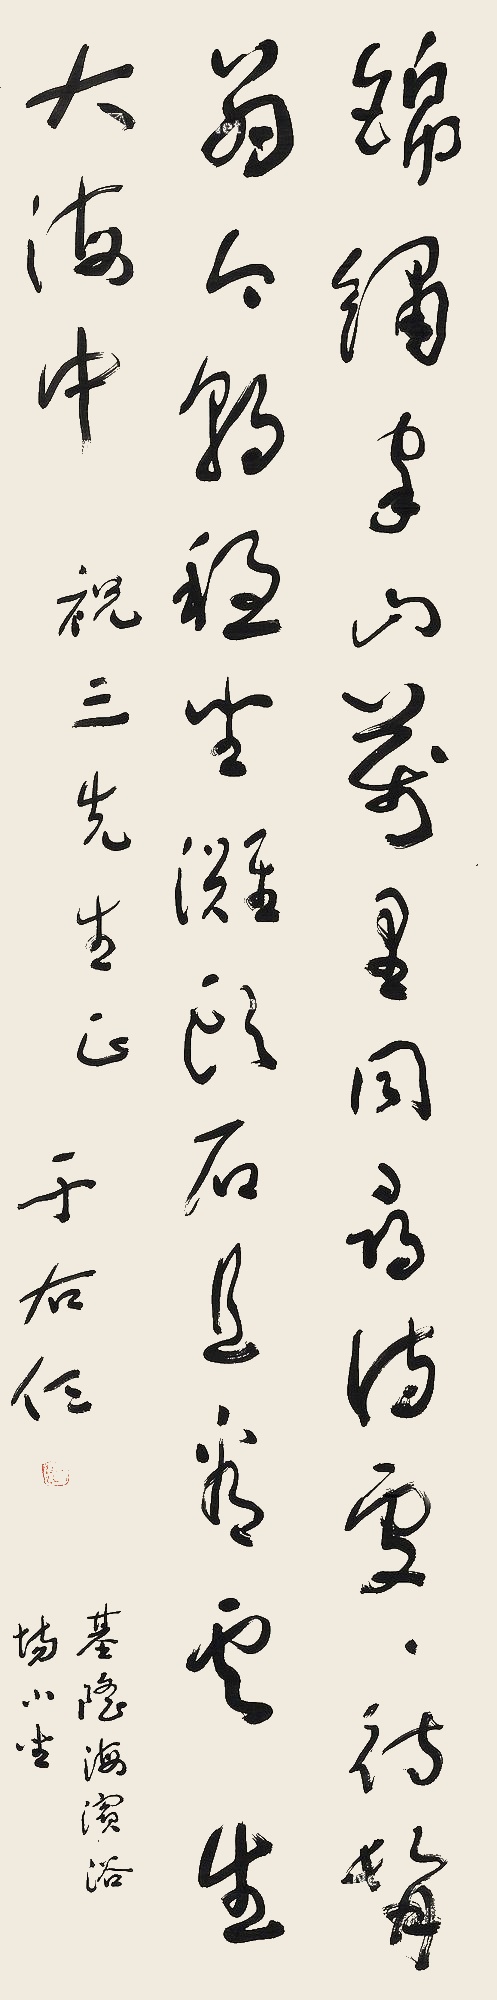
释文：锦绣家山万里同，寻诗处处待髯翁。今朝稳坐滩头石，且看云生大海中。祝三先生正。于右任，基隆海滨浴场小坐。